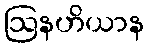
ဩနဟိယာန